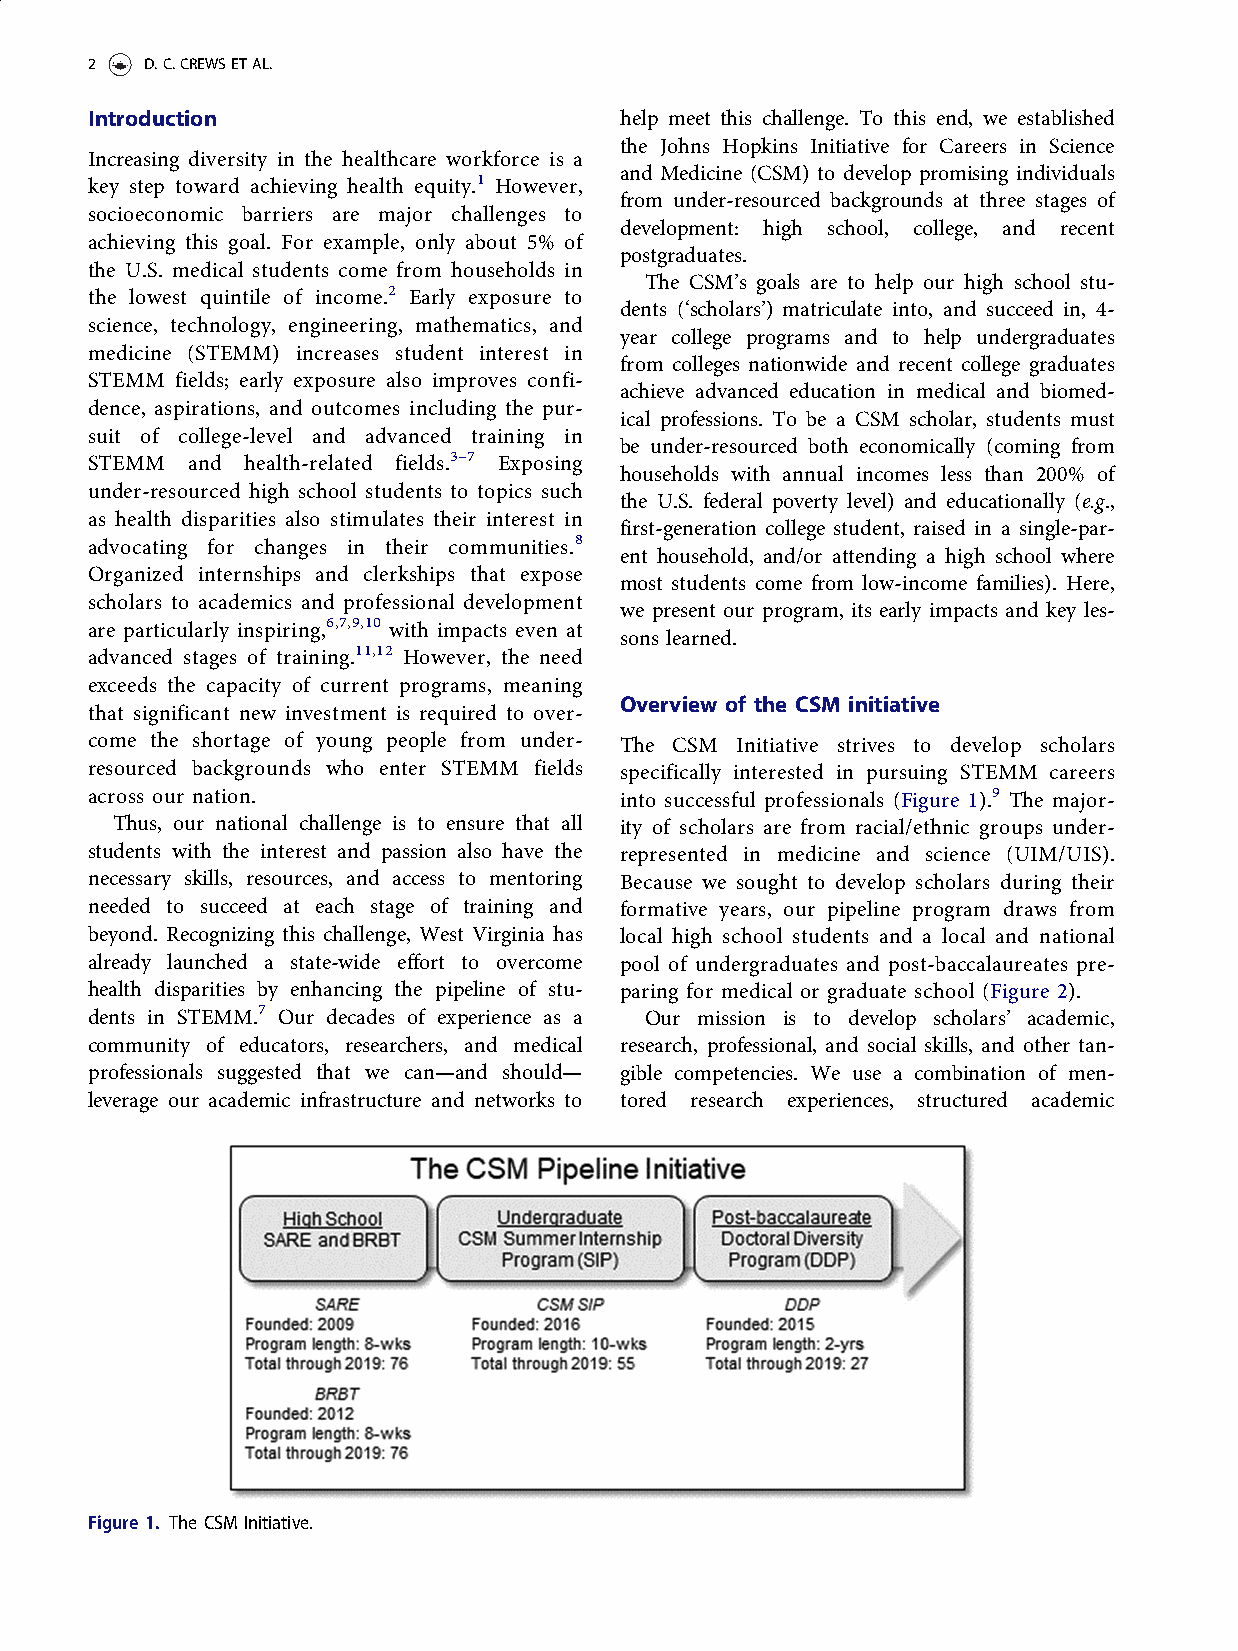
2   D.C.CREWSETAL.
 Introduction                       help meet this challenge. To this end, we established
 the Johns Hopkins Initiative for Careers in Science
 Increasing diversity in the healthcare workforce is a
 and Medicine (CSM) to develop promising individuals
 key step toward achieving health equity.1 However,
 from under-resourced backgrounds at three stages of
 socioeconomic barriers are major challenges to
 development: high school, college, and recent
 achieving this goal. For example, only about 5% of
 postgraduates.
 the U.S. medical students come from households in
 The CSM’s goals are to help our high school stu-
 the lowest quintile of income.2 Early exposure to
 dents (‘scholars’) matriculate into, and succeed in, 4-
 science, technology, engineering, mathematics, and
 year college programs and to help undergraduates
 medicine (STEMM) increases student interest in
 from colleges nationwide and recent college graduates
 STEMM fields; early exposure also improves confi-
 achieve advanced education in medical and biomed-
 dence, aspirations, and outcomes including the pur-
 ical professions. To be a CSM scholar, students must
 suit of college-level and advanced training in
 be under-resourced both economically (coming from
 STEMM and health-related
 fields.3–7
 Exposing
 households with annual incomes less than 200% of
 under-resourced high school students to topics such
 the U.S. federal poverty level) and educationally (e.g.,
 as health disparities also stimulates their interest in
 first-generation college student, raised in a single-par-
 advocating for changes in their communities.8
 ent household, and/or attending a high school where
 Organized internships and clerkships that expose
 most students come from low-income families). Here,
 scholars to academics and professional development
 we present our program, its early impacts and key les-
 are particularly inspiring,6,7,9,10 with impacts even at
 sons learned.
 advanced stages of training.11,12 However, the need
 exceeds the capacity of current programs, meaning
 Overview of the CSM initiative
 that significant new investment is required to over-
 come the shortage of young people from under- The CSM Initiative strives to develop scholars
 resourced backgrounds who enter STEMM fields specifically interested in pursuing STEMM careers
 across our nation.                 into successful professionals (Figure 1).9 The major-
 Thus, our national challenge is to ensure that all ity of scholars are from racial/ethnic groups under-
 students with the interest and passion also have the represented in medicine and science (UIM/UIS).
 necessary skills, resources, and access to mentoring Because we sought to develop scholars during their
 needed to succeed at each stage of training and formative years, our pipeline program draws from
 beyond. Recognizing this challenge, West Virginia has local high school students and a local and national
 already launched a state-wide effort to overcome pool of undergraduates and post-baccalaureates pre-
 health disparities by enhancing the pipeline of stu- paring for medical or graduate school (Figure 2).
 dents in STEMM.7 Our decades of experience as a Our mission is to develop scholars’ academic,
 community of educators, researchers, and medical research, professional, and social skills, and other tan-
 professionals suggested that we can—and should— gible competencies. We use a combination of men-
 leverage our academic infrastructure and networks to tored research experiences, structured academic
 Figure 1. The CSM Initiative.